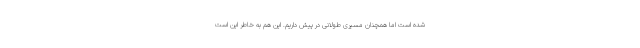
شده است اما همچنان مسیری طولانی در پیش داریم. این هم به خاطر این است